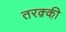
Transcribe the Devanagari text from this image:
तरक़्की़